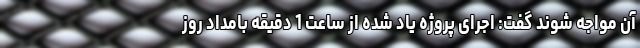
آن مواجه شوند گفت: اجرای پروژه یاد شده از ساعت 1 دقیقه بامداد روز